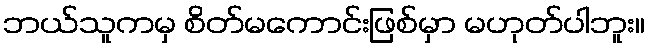
ဘယ်သူကမှ စိတ်မကောင်းဖြစ်မှာ မဟုတ်ပါဘူး။